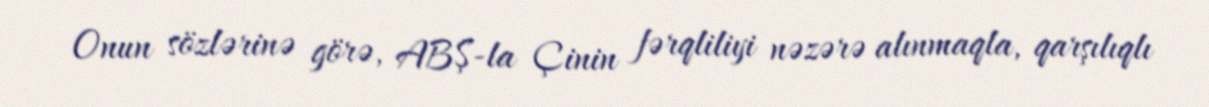
Onun sözlərinə görə, ABŞ-la Çinin fərqliliyi nəzərə alınmaqla, qarşılıqlı